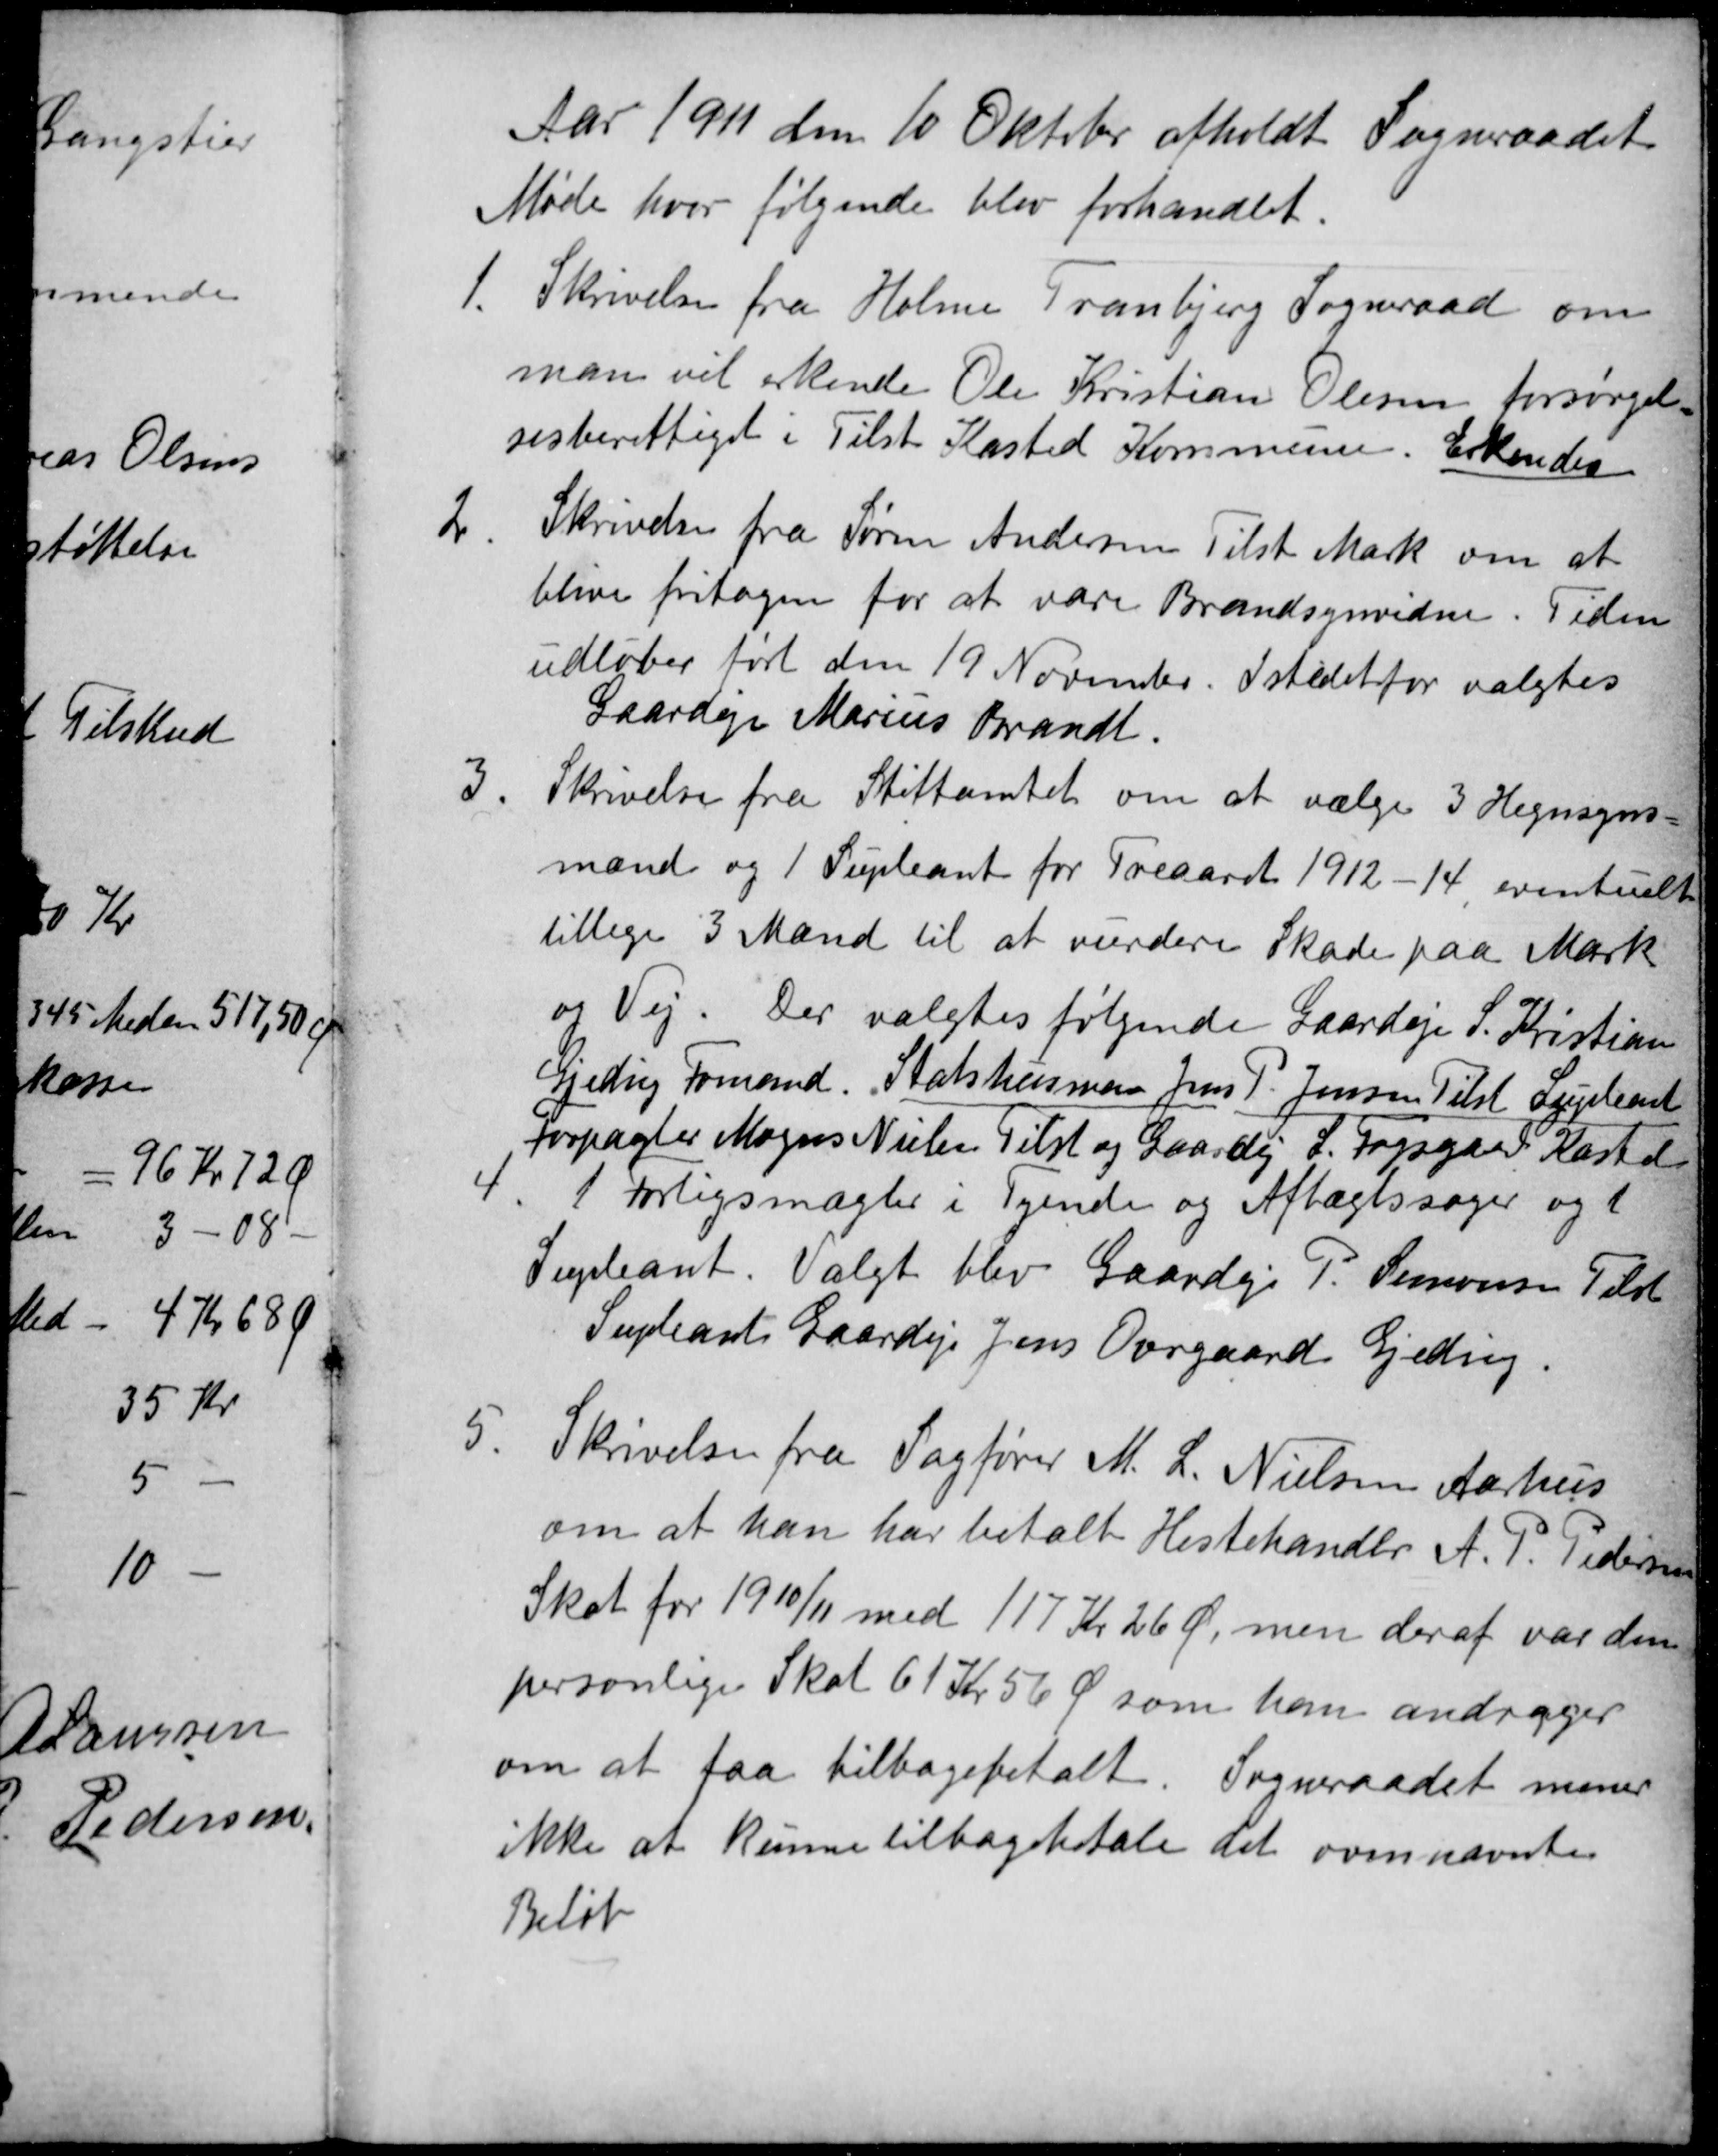
Transskription:
Aar 1911 den 10 Oktober afholdt Sogneraadet
Møde hvor følgende blev forhandlet.
1.
Skrivelse fra Holme Tranbjerg Sogneraad om
man vil erkende Ole Kristian Olesen forsørgel
sesberettiget i Tilst Kasted Kommune. Erkendes
2.
Skrivelse fra Søren Andersen Tilst Mark om at
blive fritagen for at være Brandsynvidne. Tiden
udløber ført den 19 November. Istedet for valgtes
Gaardejr Marius Brandt.
3.
Skrivelse fra Stiftamtet om at vælge 3 Hegnsyns=
mænd og 1 Supleant for Treaaret 1912-14 eventuelt
tillige 3 Mænd til at vurdere Skade paa Mark
og Vej. Der valgtes følgende Gaardeje S. Kristian
Gjeding Formand. Statshusman Jens P. Jensen Tilst Supleant
Forpagter Mogens Nielsen Tilst og Gaardej L. Fogsgaard Kasted
4
1 Forligsmægler i Tyende og Aftægtssager og 1
Supleant. Valgt blev Gaardejr P. Simonsen Tilst
Supleant Gaardejr Jens Overgaard Gjeding.
5.
Skrivelse fra Sagfører M. L. Nielsen Aarhus
om at han har betalt Hestehandler A. P. Pedersen
Skat for 1910/11 med 117 Kr 26 Ø, men deraf var den
personlige Skat 61 Kr 56 Ø som han andrager
om at faa tilbagebetalt. Sogneraadet mener
ikke at kunne tilbagebetale det ovennævnte
Beløb